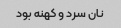
نان سرد و کهنه بود